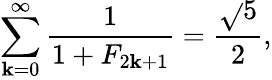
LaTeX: \sum_{\mathbf{k}=0}^{\infty}{\frac{{1}}{{1+F_{2\mathbf{k}+1}}}}={\frac{{\sqrt{}{{5}}}}{{2}}},